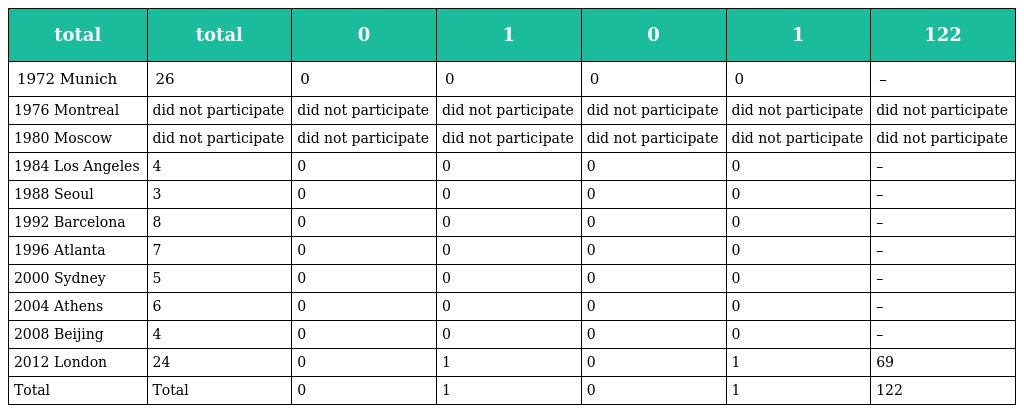
| total | total | 0 | 1 | 0 | 1 | 122 |
 | --- | --- | --- | --- | --- | --- | --- |
 | 1972 Munich | 26 | 0 | 0 | 0 | 0 | – |
 | 1976 Montreal | did not participate | did not participate | did not participate | did not participate | did not participate | did not participate |
 | 1980 Moscow | did not participate | did not participate | did not participate | did not participate | did not participate | did not participate |
 | 1984 Los Angeles | 4 | 0 | 0 | 0 | 0 | – |
 | 1988 Seoul | 3 | 0 | 0 | 0 | 0 | – |
 | 1992 Barcelona | 8 | 0 | 0 | 0 | 0 | – |
 | 1996 Atlanta | 7 | 0 | 0 | 0 | 0 | – |
 | 2000 Sydney | 5 | 0 | 0 | 0 | 0 | – |
 | 2004 Athens | 6 | 0 | 0 | 0 | 0 | – |
 | 2008 Beijing | 4 | 0 | 0 | 0 | 0 | – |
 | 2012 London | 24 | 0 | 1 | 0 | 1 | 69 |
 | Total | Total | 0 | 1 | 0 | 1 | 122 |